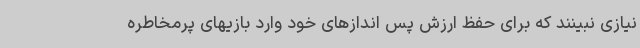
نیازی نبینند که برای حفظ ارزش پس اندازهای خود وارد بازیهای پرمخاطره